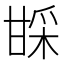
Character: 𬎱